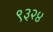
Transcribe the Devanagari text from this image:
९३२४